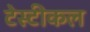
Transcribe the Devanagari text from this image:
टेस्टीकल